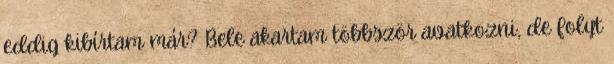
eddig kibírtam már? Bele akartam többször avatkozni, de folyt